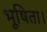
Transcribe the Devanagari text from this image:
भूषिता।